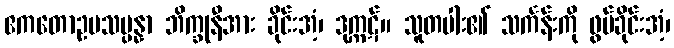
ဧကတောဥပသမ္ပန္နာ ဘိက္ခုနီအား ခိုင်းအံ့၊ ဒုက္ကဋ်။ သူတပါး၏ သင်္ကန်းကို ဖွပ်ခိုင်းအံ့၊